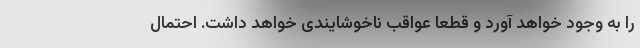
را به وجود خواهد آورد و قطعا عواقب ناخوشایندی خواهد داشت. احتمال